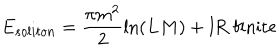
E _ { s o l i t o n } = \frac { \pi m ^ { 2 } } { 2 } \ln ( L M ) + \mathrm { I R \ f i n i t e }